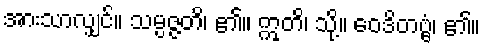
အားသာလျှင်။ သမ္ပဇ္ဇတိ၊ ၏။ ဣတိ၊ သို့။ ဝေဒိတဗ္ဗံ၊ ၏။